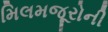
મિલમજૂરોની